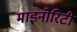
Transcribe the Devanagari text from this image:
माइनोरिटी